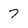
Character: 7